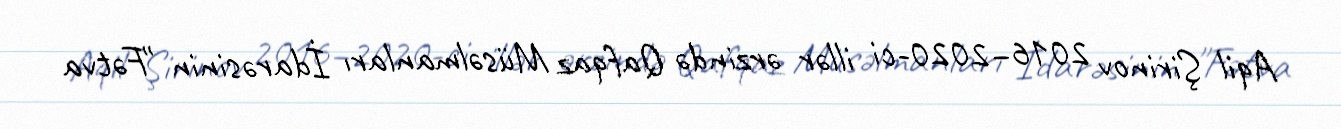
Aqil Şirinov 2016–2020-ci illər ərzində Qafqaz Müsəlmanları İdarəsinin "Fətva